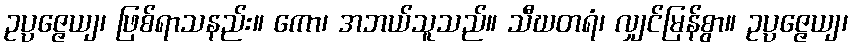
ဥပ္ပဇ္ဇေယျ၊ ဖြစ်ရာသနည်း။ ကော၊ အဘယ်သူသည်။ သီဃတရံ၊ လျှင်မြန်စွာ။ ဥပ္ပဇ္ဇေယျ၊